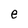
Character: e